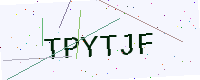
Text: TPYTJF